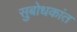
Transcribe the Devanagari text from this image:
सुबोधकांत